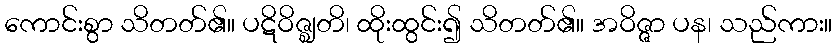
ကောင်းစွာ သိတတ်၏။ ပဋိဝိဇ္ဈတိ၊ ထိုးထွင်း၍ သိတတ်၏။ အဝိဇ္ဇာ ပန၊ သည်ကား။